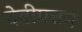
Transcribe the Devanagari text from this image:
देवीपत्तन